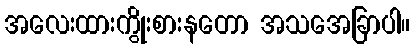
အလေးထားကွိုးစားနတော အသအေခြာပါ။